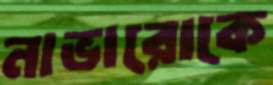
নাভারোকে